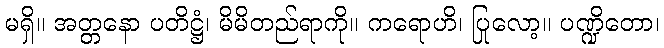
မရှိ။ အတ္တနော ပတိဋ္ဌံ၊ မိမိတည်ရာကို။ ကရောဟိ၊ ပြုလော့။ ပဏ္ဍိတော၊